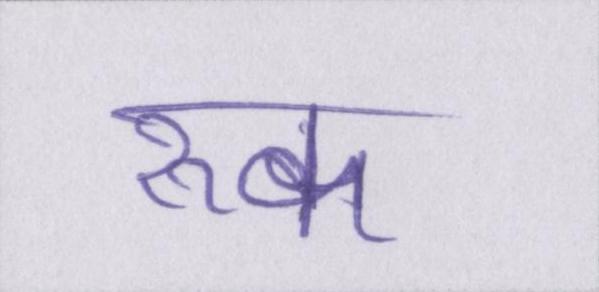
रूक